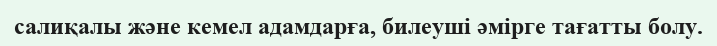
салиқалы және кемел адамдарға, билеуші әмірге тағатты болу.